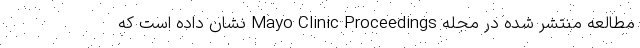
مطالعه منتشر شده در مجله Mayo Clinic Proceedings نشان داده است که